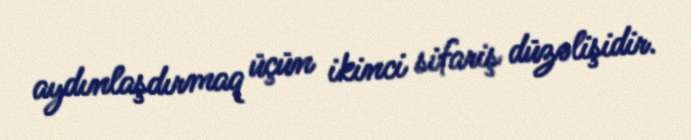
aydınlaşdırmaq üçün ikinci sifariş düzəlişidir.